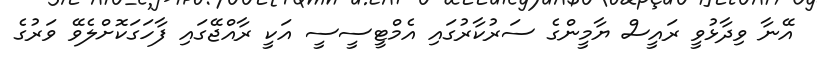
އޭނާ ވިދާޅުވީ ރައީސް ޔާމީންގެ ސަރުކާރުގައި އެމްޓީސީސީ އަކީ ރާއްޖޭގައި ފާހަގަކޮށްލެވޭ ވަރުގެ